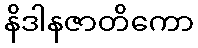
နိဒါနဇာတိကော